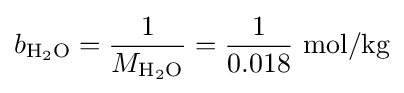
b_{\mathrm {H_{2}O} }={\frac {1}{M_{\mathrm {H_{2}O} }}}={\frac {1}{0.018}}\ \mathrm {mol/kg}